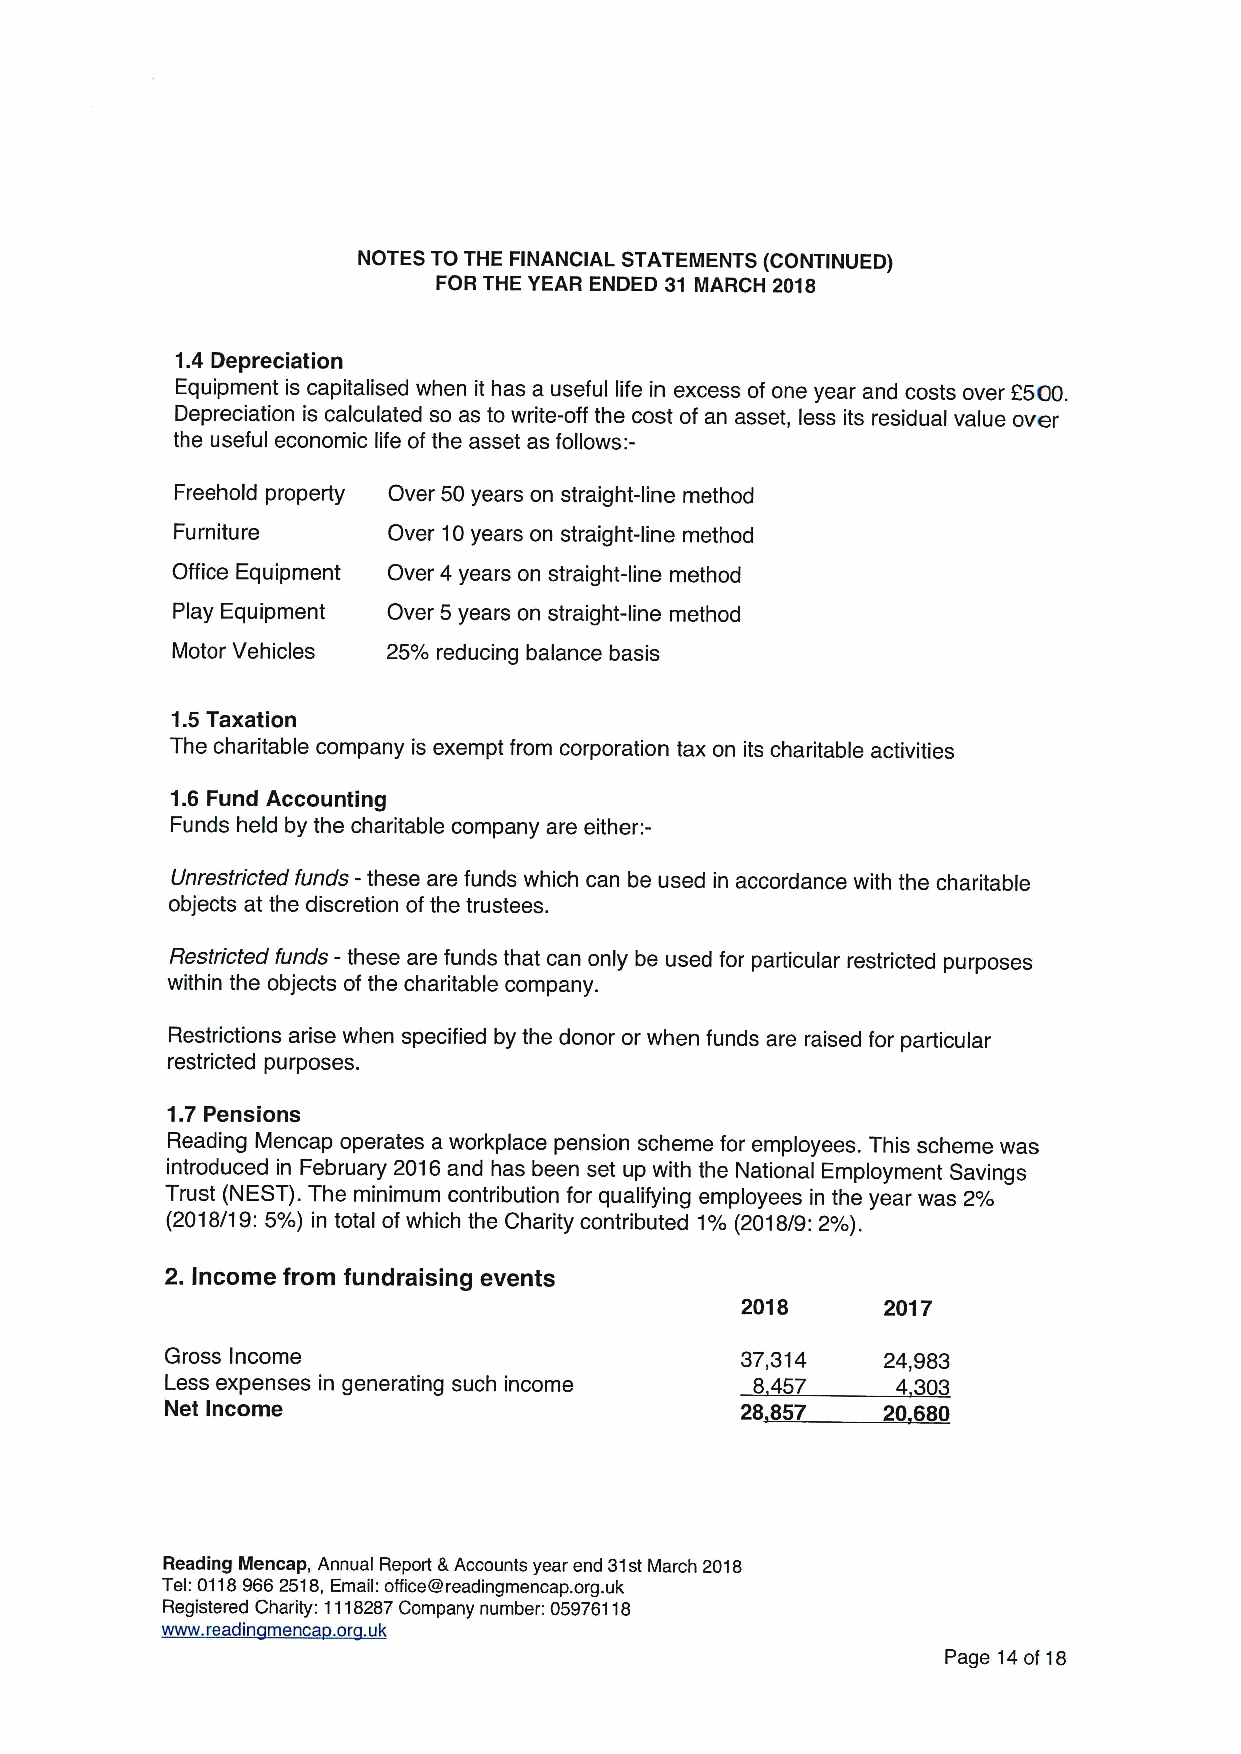
NOTES TO THE FINANCIAL STATEMENTS (CONTINUED)
 FOR THE YEAR ENDED 31 MARCH 2018
 1.4 Depreciation
 Equipment is capitalised when it has a useful life in excess of one year and costs over f500.
 Depreciation is calculated so as to write-off the cost of an asset, less its residual value over
 the useful economic life of the asset as follows:-
 Freehold property Over 50years on straight-line method
 Furniture     Over 10years on straight-line method
 Office Equipment Over 4 years on straight-line method
 Play Equipment Over 5 years on straight-line method
 Motor Vehicles 25% reducing balance basis
 1.5 Taxation
 The charitable company is exempt from corporation tax on its charitable activities
 1.6 Fund Accounting
 Funds held by the charitable company are either:-
 Unrestricted funds -these are funds which can be used in accordance with the charitable
 objects at the discretion of the trustees.
 Restricted funds -these are funds that can only be used for particular restricted purposes
 within the objects of the charitable company.
 Restrictions arise when specified by the donor or when funds are raised for particular
 restricted purposes.
 1.7 Pensions
 Reading Mencap operates a workplace pension scheme for employees. This scheme was
 introduced in February 2016and has been set up with the National Employment Savings
 Trust (NEST).The minimum contribution for qualifying employees in the year was 2%
 (2018/19:5%) in total of which the Charity contributed 1%(2018/9: 2%).
 2.Income from fundraising events
 2018     2017
 Gross Income                          37,314   24,983
 Less expenses in generating such income 8457    4303
 Net Income                            28 857   20 680
 Reading Mencap, Annual Report &Accounts year end 31stMarch 2018
 Tel:01189662518,Email: office@readingmencap. org.uk
 Registered Charity: 1118287Company number: 05976118
 www. readin menca .or .uk
 Page 14of 18